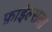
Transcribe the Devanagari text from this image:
फ़ाईल्सला